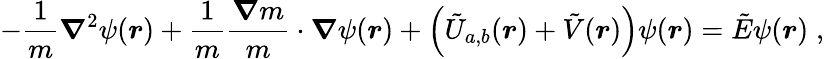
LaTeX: -\frac{1}{m}{\boldsymbol{\nabla}}^{2}\psi(\boldsymbol{r})+\frac{1}{m}\frac{\boldsymbol{\nabla}m}{m}\cdot\boldsymbol{\nabla}\psi(\boldsymbol{r})+\left(\tilde{U}_{a,b}(\boldsymbol{r})+\tilde{V}(\boldsymbol{r})\right)\psi(\boldsymbol{r})=\tilde{E}\psi(\boldsymbol{r})\; ,